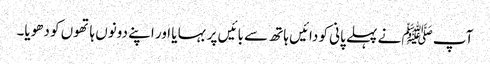
آپ ﷺ نے پہلے پانی کو دائیں ہاتھ سے بائیں پر بہا یا اور اپنے دونوں ہاتھوں کو دھویا۔